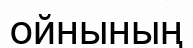
ойнының